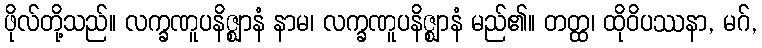
ဖိုလ်တို့သည်။ လက္ခဏူပနိဇ္ဈာနံ နာမ၊ လက္ခဏူပနိဇ္ဈာနံ မည်၏။ တတ္ထ၊ ထိုဝိပဿနာ, မဂ်,